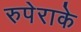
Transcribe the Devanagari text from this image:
रुपेराके